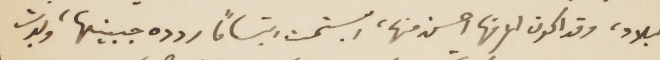
البلاد، وقد اكون لامنها احسن منها، ابتسمت ابتسامًا ررده جبينها، وبدت